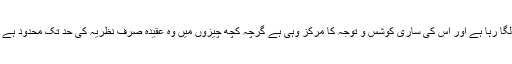
کوئی صرف عقیدہ کی رٹ لگا رہا ہے اور اس کی ساری کوشس و توجہ کا مرکز وہی ہے گرچہ کچھ چیزوں میں وہ عقیدہ صرف نظریہ کی حد تک محدود ہے عملا اس کا وجود نہیں ہے۔